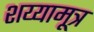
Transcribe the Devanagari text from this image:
शय्यामूत्र